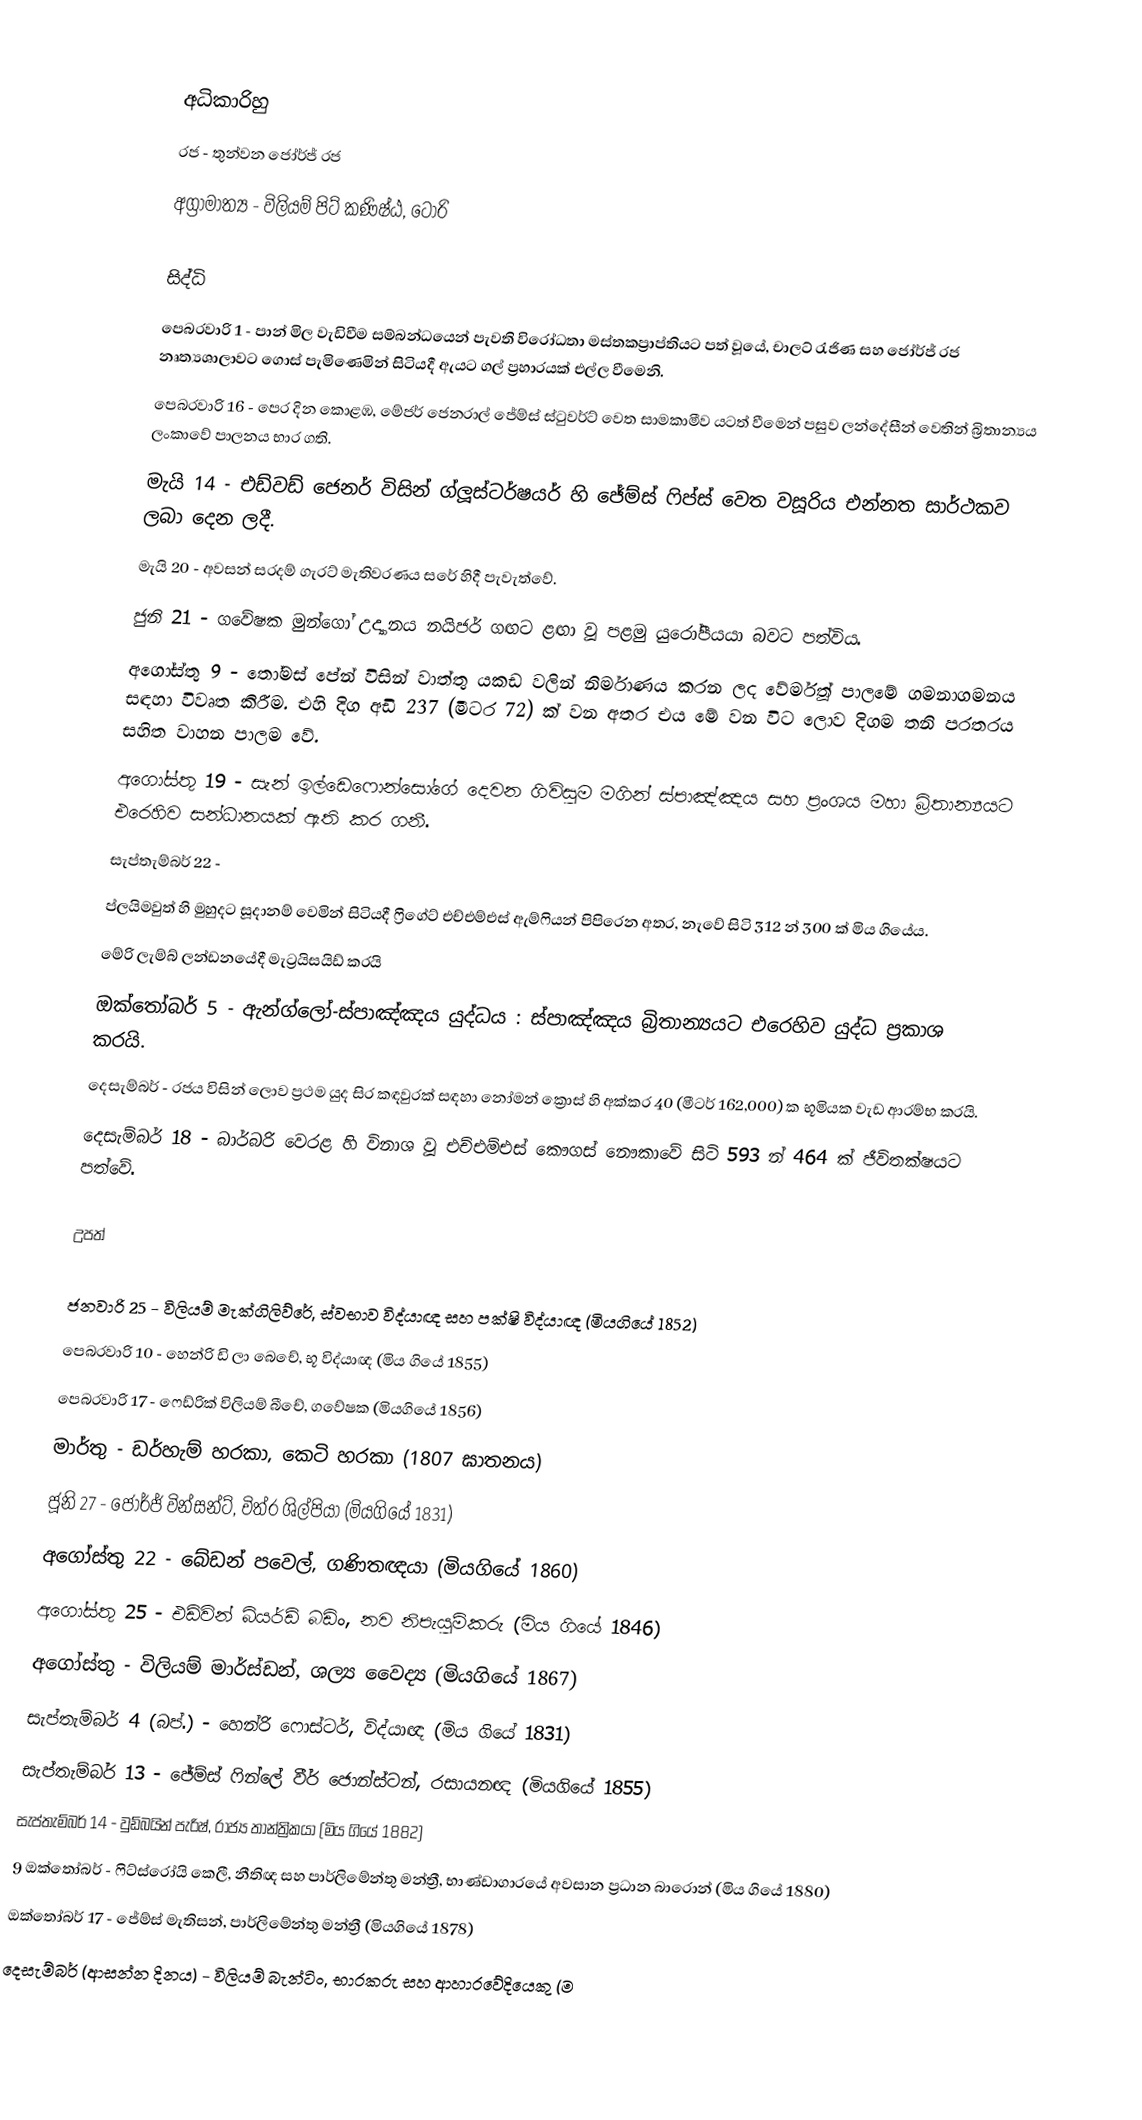

අධිකාරිහු
රජ - තුන්වන ජෝර්ජ් රජ
අග්‍රාමාත්‍ය - විලියම් පිට් කණිෂ්ඨ, ටෝරි

සිද්ධි
 පෙබරවාරි 1 - පාන් මිල වැඩිවීම සම්බන්ධයෙන් පැවති විරෝධතා මස්තකප්‍රාප්තියට පත් වූයේ,  චාලට් රැජිණ සහ ජෝර්ජ් රජ නෘත්‍යශාලාවට ගොස් පැමිණෙමින් සිටියදී ඇයට ගල් ප්‍රහාරයක් එල්ල වීමෙනි.
 පෙබරවාරි 16 - පෙර දින කොළඹ, මේජර් ජෙනරාල් ජේම්ස් ස්ටුවර්ට් වෙත සාමකාමීව යටත් වීමෙන් පසුව ලන්දේසීන් වෙතින් බ්‍රිතාන්‍යය ලංකාවේ පාලනය භාර ගති.
 මැයි 14 - එඩ්වඩ් ජෙනර් විසින් ග්ලූස්ටර්ෂයර් හි ජේම්ස් ෆිප්ස් වෙත වසූරිය එන්නත සාර්ථකව ලබා දෙන ලදී.
 මැයි 20 - අවසන් සරදම් ගැරට් මැතිවරණය සරේ හිදී පැවැත්වේ.
 ජුනි 21 - ගවේෂක මුන්ගෝ උද්‍යානය නයිජර් ගඟට ළඟා වූ පළමු යුරෝපීයයා බවට පත්විය.
 අගෝස්තු 9 - තෝමස් පේන් විසින් වාත්තු යකඩ වලින් නිර්මාණය කරන ලද වේර්මූත් පාලමේ ගමනාගමනය සඳහා විවෘත කිරීම. එහි දිග අඩි 237 (මීටර 72) ක් වන අතර එය මේ වන විට ලොව දිගම තනි පරතරය සහිත වාහන පාලම වේ.
 අගෝස්තු 19 - සැන් ඉල්ඩෙෆොන්සෝගේ දෙවන ගිවිසුම මගින් ස්පාඤ්ඤය සහ ප්‍රංශය මහා බ්‍රිතාන්‍යයට එරෙහිව සන්ධානයක් ඇති කර ගනී.
 සැප්තැම්බර් 22 -
 ප්ලයිමවුත් හි මුහුදට සූදානම් වෙමින් සිටියදී ෆ්‍රිගේට් එච්එම්එස් ඇම්ෆියන් පිපිරෙන අතර, නැවේ සිටි 312 න් 300 ක් මිය ගියේය.
 මේරි ලැම්බ් ලන්ඩනයේදී මැට්‍රයිසයිඩ් කරයි
 ඔක්තෝබර් 5 - ඇන්ග්ලෝ-ස්පාඤ්ඤය යුද්ධය : ස්පාඤ්ඤය බ්‍රිතාන්‍යයට එරෙහිව යුද්ධ ප්‍රකාශ කරයි.
 දෙසැම්බර් - රජය විසින් ලොව ප්‍රථම යුද සිර කඳවුරක් සඳහා නෝමන් ක්‍රොස් හි අක්කර 40 (මීටර් 162,000) ක භූමියක වැඩ ආරම්භ කරයි.
 දෙසැම්බර් 18 - බාර්බරි වෙරළ හි විනාශ වූ එච්එම්එස් කෞගස් නෞකාවේ සිටි 593 න් 464 ක් ජීවිතක්ෂයට පත්වේ.

උපත්

 ජනවාරි 25 - විලියම් මැක්ගිලිව්රේ, ස්වභාව විද්යාඥ සහ පක්ෂි විද්යාඥ (මියගියේ 1852)
 පෙබරවාරි 10 - හෙන්රි ඩි ලා බෙචේ, භූ විද්යාඥ (මිය ගියේ 1855)
 පෙබරවාරි 17 - ෆෙඩ්රික් විලියම් බීචේ, ගවේෂක (මියගියේ 1856)
 මාර්තු - ඩර්හැම් හරකා, කෙටි හරකා (1807 ඝාතනය)
 ජූනි 27 - ජෝර්ජ් වින්සන්ට්, චිත්ර ශිල්පියා (මියගියේ 1831)
 අගෝස්තු 22 - බේඩන් පවෙල්, ගණිතඥයා (මියගියේ 1860)
 අගෝස්තු 25 - එඩ්වින් බියර්ඩ් බඩිං, නව නිපැයුම්කරු (මිය ගියේ 1846)
 අගෝස්තු - විලියම් මාර්ස්ඩන්, ශල්‍ය වෛද්‍ය (මියගියේ 1867)
 සැප්තැම්බර් 4 (බප්.) - හෙන්රි ෆොස්ටර්, විද්යාඥ (මිය ගියේ 1831)
 සැප්තැම්බර් 13 - ජේම්ස් ෆින්ලේ වීර් ජොන්ස්ටන්, රසායනඥ (මියගියේ 1855)
 සැප්තැම්බර් 14 - වුඩ්බයින් පැරිෂ්, රාජ්‍ය තාන්ත්‍රිකයා (මිය ගියේ 1882)
 9 ඔක්තෝබර් - ෆිට්ස්රෝයි කෙලී, නීතිඥ සහ පාර්ලිමේන්තු මන්ත්‍රී, භාණ්ඩාගාරයේ අවසාන ප්‍රධාන බාරොන් (මිය ගියේ 1880)
 ඔක්තෝබර් 17 - ජේම්ස් මැතිසන්, පාර්ලිමේන්තු මන්ත්‍රී (මියගියේ 1878)
 දෙසැම්බර් (ආසන්න දිනය) - විලියම් බැන්ටිං, භාරකරු සහ ආහාරවේදියෙකු (ම